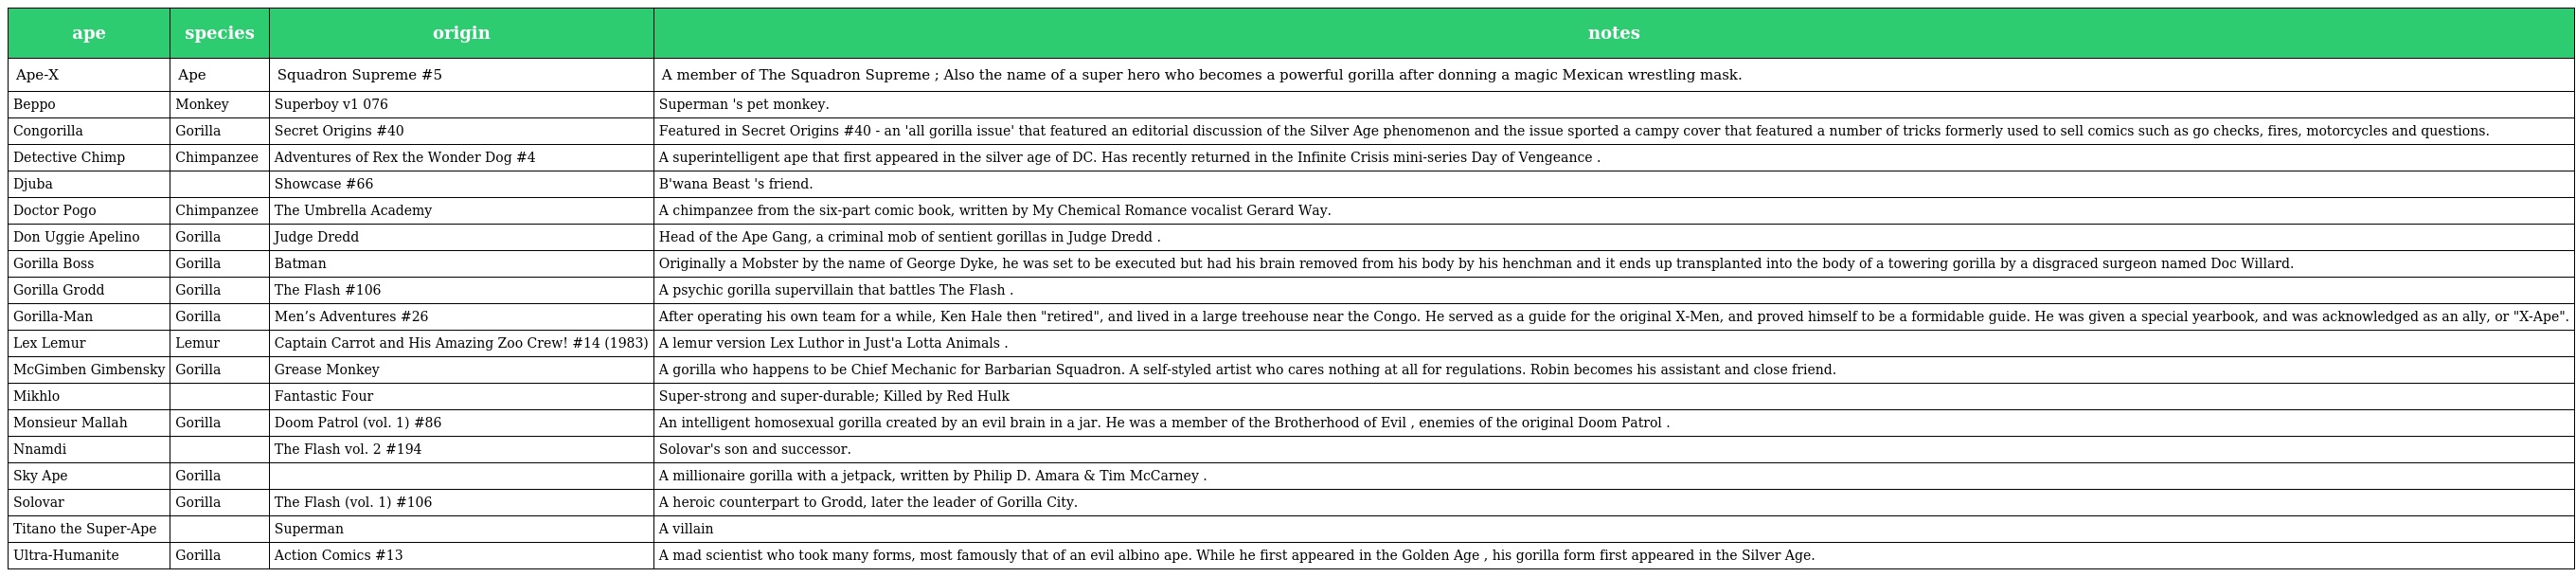
| ape | species | origin | notes |
 | --- | --- | --- | --- |
 | Ape-X | Ape | Squadron Supreme #5 | A member of The Squadron Supreme ; Also the name of a super hero who becomes a powerful gorilla after donning a magic Mexican wrestling mask. |
 | Beppo | Monkey | Superboy v1 076 | Superman 's pet monkey. |
 | Congorilla | Gorilla | Secret Origins #40 | Featured in Secret Origins #40 - an 'all gorilla issue' that featured an editorial discussion of the Silver Age phenomenon and the issue sported a campy cover that featured a number of tricks formerly used to sell comics such as go checks, fires, motorcycles and questions. |
 | Detective Chimp | Chimpanzee | Adventures of Rex the Wonder Dog #4 | A superintelligent ape that first appeared in the silver age of DC. Has recently returned in the Infinite Crisis mini-series Day of Vengeance . |
 | Djuba |  | Showcase #66 | B'wana Beast 's friend. |
 | Doctor Pogo | Chimpanzee | The Umbrella Academy | A chimpanzee from the six-part comic book, written by My Chemical Romance vocalist Gerard Way. |
 | Don Uggie Apelino | Gorilla | Judge Dredd | Head of the Ape Gang, a criminal mob of sentient gorillas in Judge Dredd . |
 | Gorilla Boss | Gorilla | Batman | Originally a Mobster by the name of George Dyke, he was set to be executed but had his brain removed from his body by his henchman and it ends up transplanted into the body of a towering gorilla by a disgraced surgeon named Doc Willard. |
 | Gorilla Grodd | Gorilla | The Flash #106 | A psychic gorilla supervillain that battles The Flash . |
 | Gorilla-Man | Gorilla | Men’s Adventures #26 | After operating his own team for a while, Ken Hale then "retired", and lived in a large treehouse near the Congo. He served as a guide for the original X-Men, and proved himself to be a formidable guide. He was given a special yearbook, and was acknowledged as an ally, or "X-Ape". |
 | Lex Lemur | Lemur | Captain Carrot and His Amazing Zoo Crew! #14 (1983) | A lemur version Lex Luthor in Just'a Lotta Animals . |
 | McGimben Gimbensky | Gorilla | Grease Monkey | A gorilla who happens to be Chief Mechanic for Barbarian Squadron. A self-styled artist who cares nothing at all for regulations. Robin becomes his assistant and close friend. |
 | Mikhlo |  | Fantastic Four | Super-strong and super-durable; Killed by Red Hulk |
 | Monsieur Mallah | Gorilla | Doom Patrol (vol. 1) #86 | An intelligent homosexual gorilla created by an evil brain in a jar. He was a member of the Brotherhood of Evil , enemies of the original Doom Patrol . |
 | Nnamdi |  | The Flash vol. 2 #194 | Solovar's son and successor. |
 | Sky Ape | Gorilla |  | A millionaire gorilla with a jetpack, written by Philip D. Amara & Tim McCarney . |
 | Solovar | Gorilla | The Flash (vol. 1) #106 | A heroic counterpart to Grodd, later the leader of Gorilla City. |
 | Titano the Super-Ape |  | Superman | A villain |
 | Ultra-Humanite | Gorilla | Action Comics #13 | A mad scientist who took many forms, most famously that of an evil albino ape. While he first appeared in the Golden Age , his gorilla form first appeared in the Silver Age. |